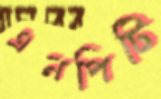
এনপিটি